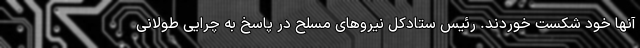
آنها خود شکست خوردند. رئیس ستادکل نیروهای مسلح در پاسخ به چرایی طولانی